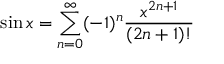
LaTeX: \sin x = \sum _ { n = 0 } ^ { \infty } ( - 1 ) ^ { n } { \frac { x ^ { 2 n + 1 } } { ( 2 n + 1 ) ! } }